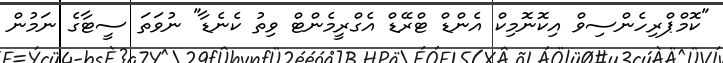
"ކޮމްޕްރިހެންސިވް އިކޮނޮމިކް އެންޑް ޓްރޭޑް އެގްރީމެންޓް ވިތު ކެނެޑާ" ނުވަތަ ސީޓާގެ ނަމުން